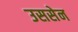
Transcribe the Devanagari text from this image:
उससेन